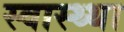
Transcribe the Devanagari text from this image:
स्वास्थ्था